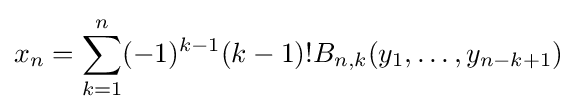
x_{n}=\sum _{k=1}^{n}(-1)^{k-1}(k-1)!B_{n,k}(y_{1},\ldots ,y_{n-k+1})